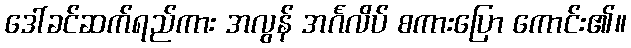
ဒေါ်ခင်ဆက်ရည်ကား အလွန် အင်္ဂလိပ် စကားပြော ကောင်း၏။